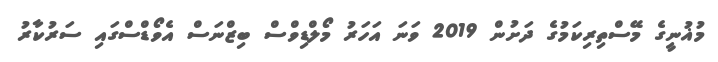
މުޣުނީގެ މޭސްތިރިކަމުގެ ދަށުން 2019 ވަނަ އަހަރު މޯލްޑިވްސް ބިޒްނަސް އެވޯޑްސްގައި ސަރުކާރު